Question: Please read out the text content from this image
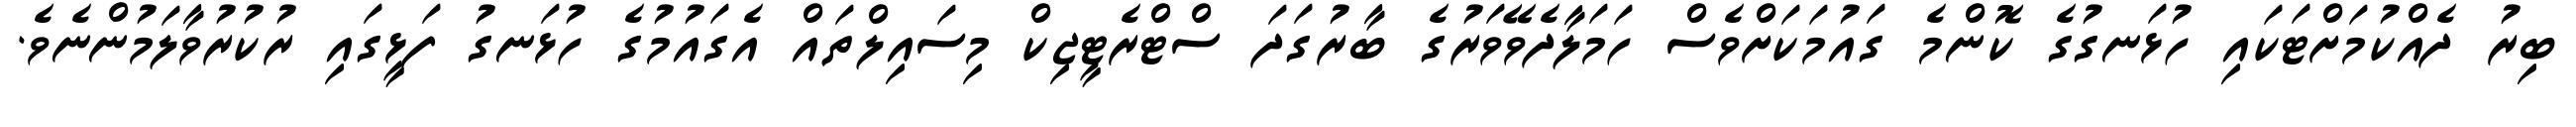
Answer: ބިރު ދެއްކުމަށްޓަކައި ހުޅަނގުގެ ކޮންމެ ގައުމަކަށްވެސް ހަމަލާދެވޭވަރުގެ ބާރުގަދަ ސްޓްރެޓީޖިކް މިސައިލްތައް އެގައުމުގެ ހުޅަނގު ފަޅީގައި ރުކުރުވާލަމުންނެވެ.